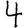
Digit: 4